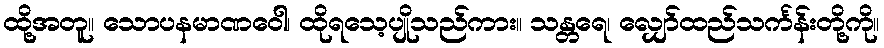
ထို့အတူ။ သောပနမာဏဝေါ၊ ထိုရသေ့ပျိုသည်ကား။ သန္တရေ၊ လျှော်ထည်သင်္ကန်းတို့ကို။